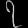
Digit: ၇